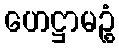
ဟေဋ္ဌာမဉ္စံ